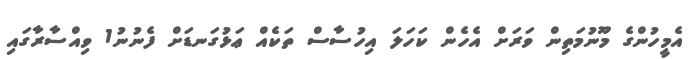
އެމީހުންގެ މޫނުމަތިން ވަރަށް އެހެން ކަހަލަ އިހުސާސް ތަކެއް ޢަޅުގަނޑަށް ފެނުނު1 ވިއްސާރާގައި